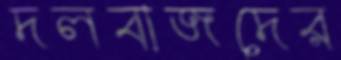
দলবাজদের